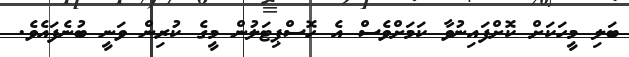
ބަލި މީހަކަށް ކޮށްފައިނުވާ ކަމަށްވެސް އެ ހޮސްޕިޓަލުން މީގެ ކުރިން ވަނީ ބުނެފައެވެ.